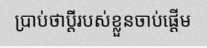
ប្រាប់ថាប្តីរបស់ខ្លួនចាប់ផ្តើម